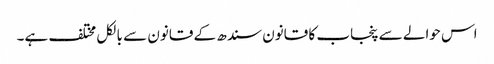
اس حوالے سے پنجاب کا قانون سندھ کے قانون سے بالکل مختلف ہے۔